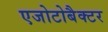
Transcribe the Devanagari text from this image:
एजोटोबैक्टर